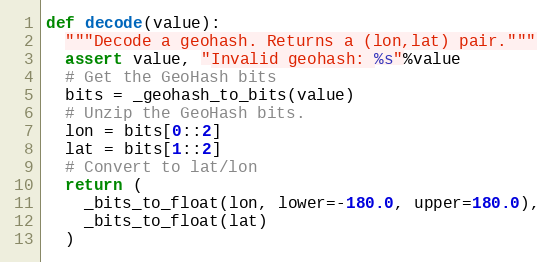
Language: Python
def decode(value):
  """Decode a geohash. Returns a (lon,lat) pair."""
  assert value, "Invalid geohash: %s"%value
  # Get the GeoHash bits
  bits = _geohash_to_bits(value)
  # Unzip the GeoHash bits.
  lon = bits[0::2]
  lat = bits[1::2]
  # Convert to lat/lon
  return (
    _bits_to_float(lon, lower=-180.0, upper=180.0),
    _bits_to_float(lat)
  )